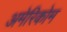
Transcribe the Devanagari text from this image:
अमेरिकोम